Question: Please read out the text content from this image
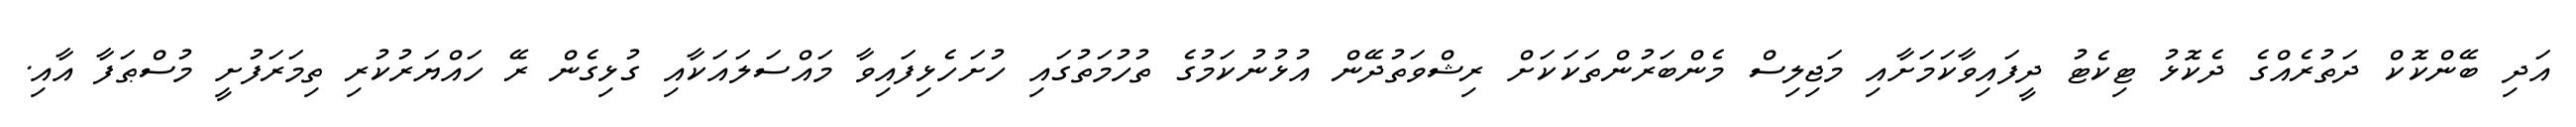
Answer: އަދި ބޭންކޮކް ދަތުރެއްގެ ދެކޮޅު ޓިކެޓު ދީފައިވާކަމަށާއި މަޖިލިސް މެންބަރުންތަކަކަށް ރިޝްވަތުދޭން އުޅުނުކަމުގެ ތުހުމަތުގައި ހުށަހެޅިފައިވާ މައްސަލައަކާއި ގުޅިގެން ރޭ ހައްޔަރުކުރި ތިމަރަފުށީ މުސްޠަފާ އާއި.